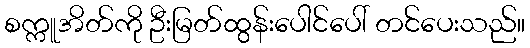
စက္ကူအိတ်ကို ဦးမြတ်ထွန်းပေါင်ပေါ် တင်ပေးသည်။